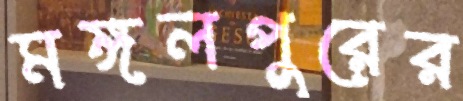
মঙ্গলপুরের